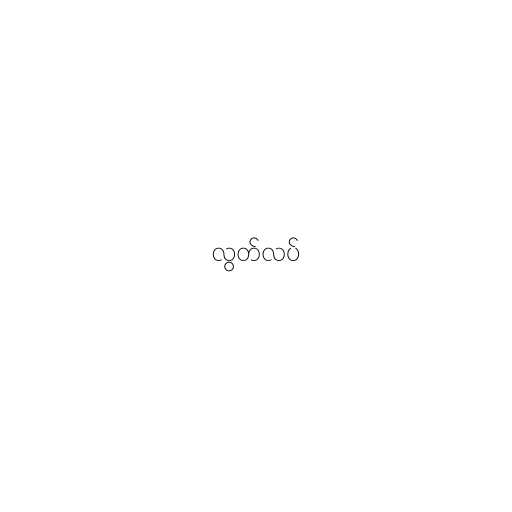
လွတ်လပ်